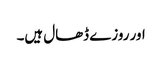
اور روزے ڈھال ہیں۔